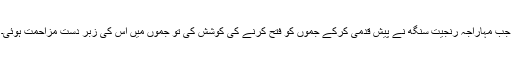
جب مہاراجہ رنجیت سنگھ نے پیش قدمی کرکے جموں کو فتح کرنے کی کوشش کی تو جموں میں اس کی زبر دست مزاحمت ہوئی۔